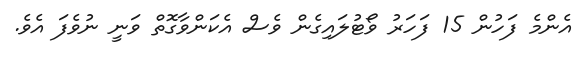
އެންމެ ފަހުން 15 ފަހަރު ވޯޓުލައިގެން ވެސް އެކަންވާގޮތް ވަނީ ނުވެފަ އެވެ.